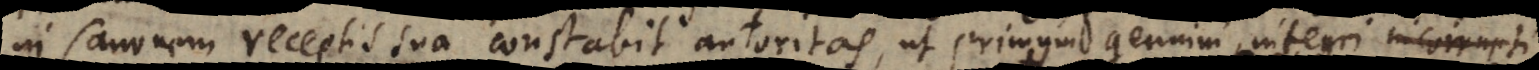
in Canonem receptis sua constabit autoritas, ut primum genuini, inte